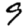
Digit: 9